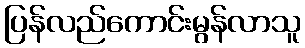
ပြန်လည်ကောင်းမွန်လာသူ